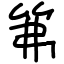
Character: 笰